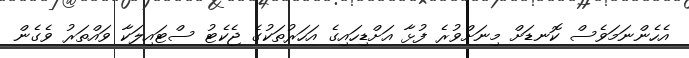
އެހެންނަމަވެސް ކޮނޑަށް މިނަށްވުރެ ފުޅާ އަށްޑިހައިގެ އަހަރުތަކުގެ ޖެކެޓު ސްޓައިލަކާ ވައްތަރު ވެގެން